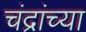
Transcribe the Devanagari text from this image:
चंद्रांच्या